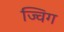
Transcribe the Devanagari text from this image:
ज्विग